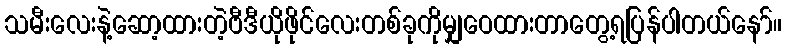
သမီးလေးနဲ့ဆော့ထားတဲ့ဗီဒီယိုဖိုင်လေးတစ်ခုကိုမျှဝေထားတာတွေ့ရပြန်ပါတယ်နော်။